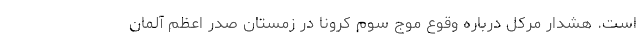
است. هشدار مرکل درباره وقوع موج سوم کرونا در زمستان صدر اعظم آلمان